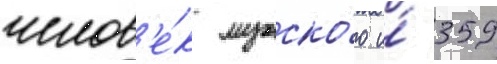
челов'е́к мужско́го и́ 359